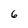
Character: 6